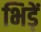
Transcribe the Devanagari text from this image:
भिड़ें